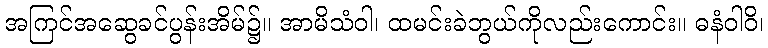
အကြင်အဆွေခင်ပွန်းအိမ်၌။ အာမိသံဝါ၊ ထမင်းခဲဘွယ်ကိုလည်းကောင်း။ ဓနံဝါဝိ၊